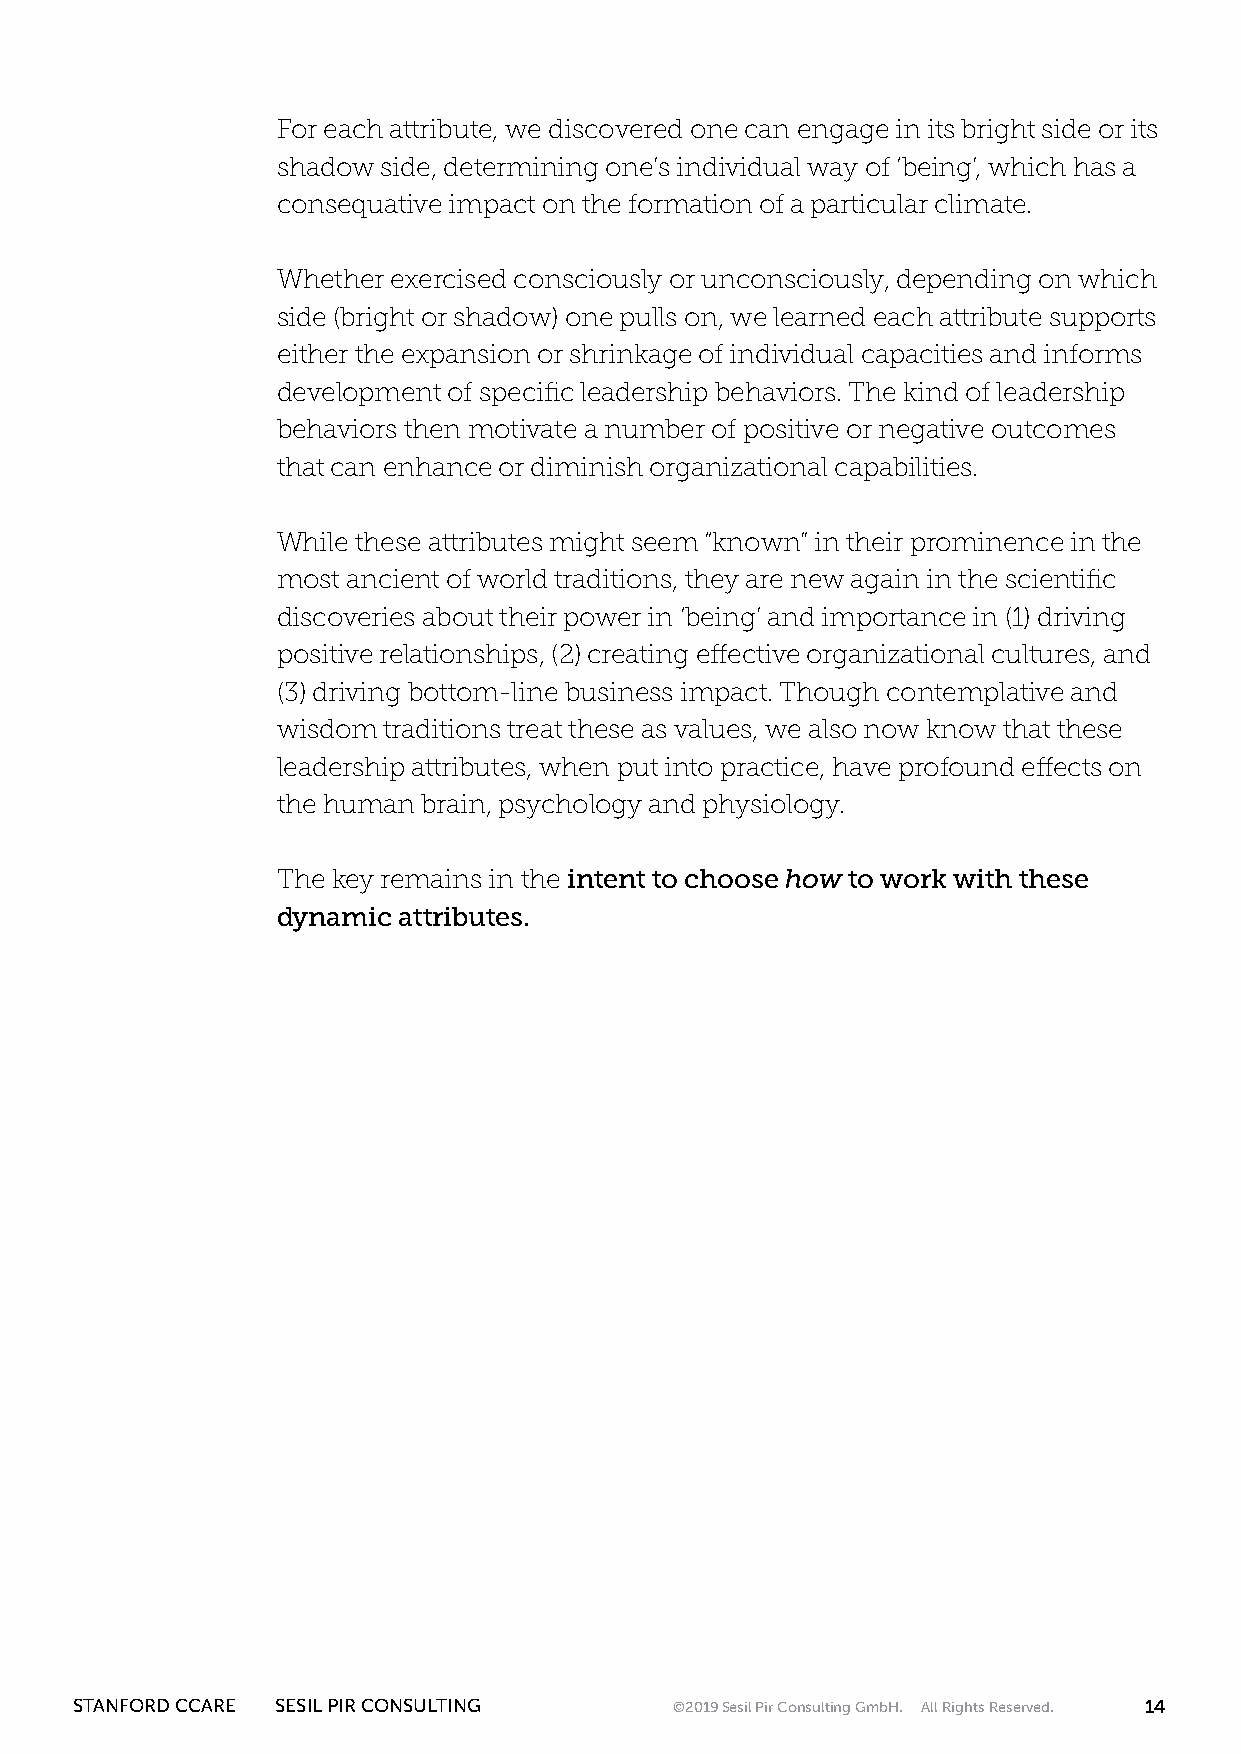
For each attribute, we discovered one can engage in its bright side or its
 shadow side, determining one’s individual way of ‘being’, which has a
 consequative impact on the formation of a particular climate.
 Whether exercised consciously or unconsciously, depending on which
 side (bright or shadow) one pulls on, we learned each attribute supports
 either the expansion or shrinkage of individual capacities and informs
 development of specific leadership behaviors. The kind of leadership
 behaviors then motivate a number of positive or negative outcomes
 that can enhance or diminish organizational capabilities.
 While these attributes might seem “known” in their prominence in the
 most ancient of world traditions, they are new again in the scientific
 discoveries about their power in ‘being’ and importance in (1) driving
 positive relationships, (2) creating effective organizational cultures, and
 (3) driving bottom-line business impact. Though contemplative and
 wisdom traditions treat these as values, we also now know that these
 leadership attributes, when put into practice, have profound effects on
 the human brain, psychology and physiology.
 The key remains in the intent to choose how to work with these
 dynamic attributes.
 STANFORD CCARE SESIL PIR CONSULTING     ©2019 Sesil Pir Consulting GmbH. All Rights Reserved. 14